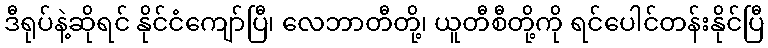
ဒီရုပ်နဲ့ဆိုရင် နိုင်ငံကျော်ပြီ၊ လေဘာတီတို့၊ ယူတီစီတို့ကို ရင်ပေါင်တန်းနိုင်ပြီ